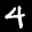
Label: 4